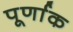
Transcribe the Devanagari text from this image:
पूर्णाक